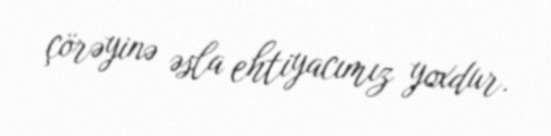
çörəyinə əsla ehtiyacımız yoxdur.